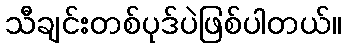
သီချင်းတစ်ပုဒ်ပဲဖြစ်ပါတယ်။